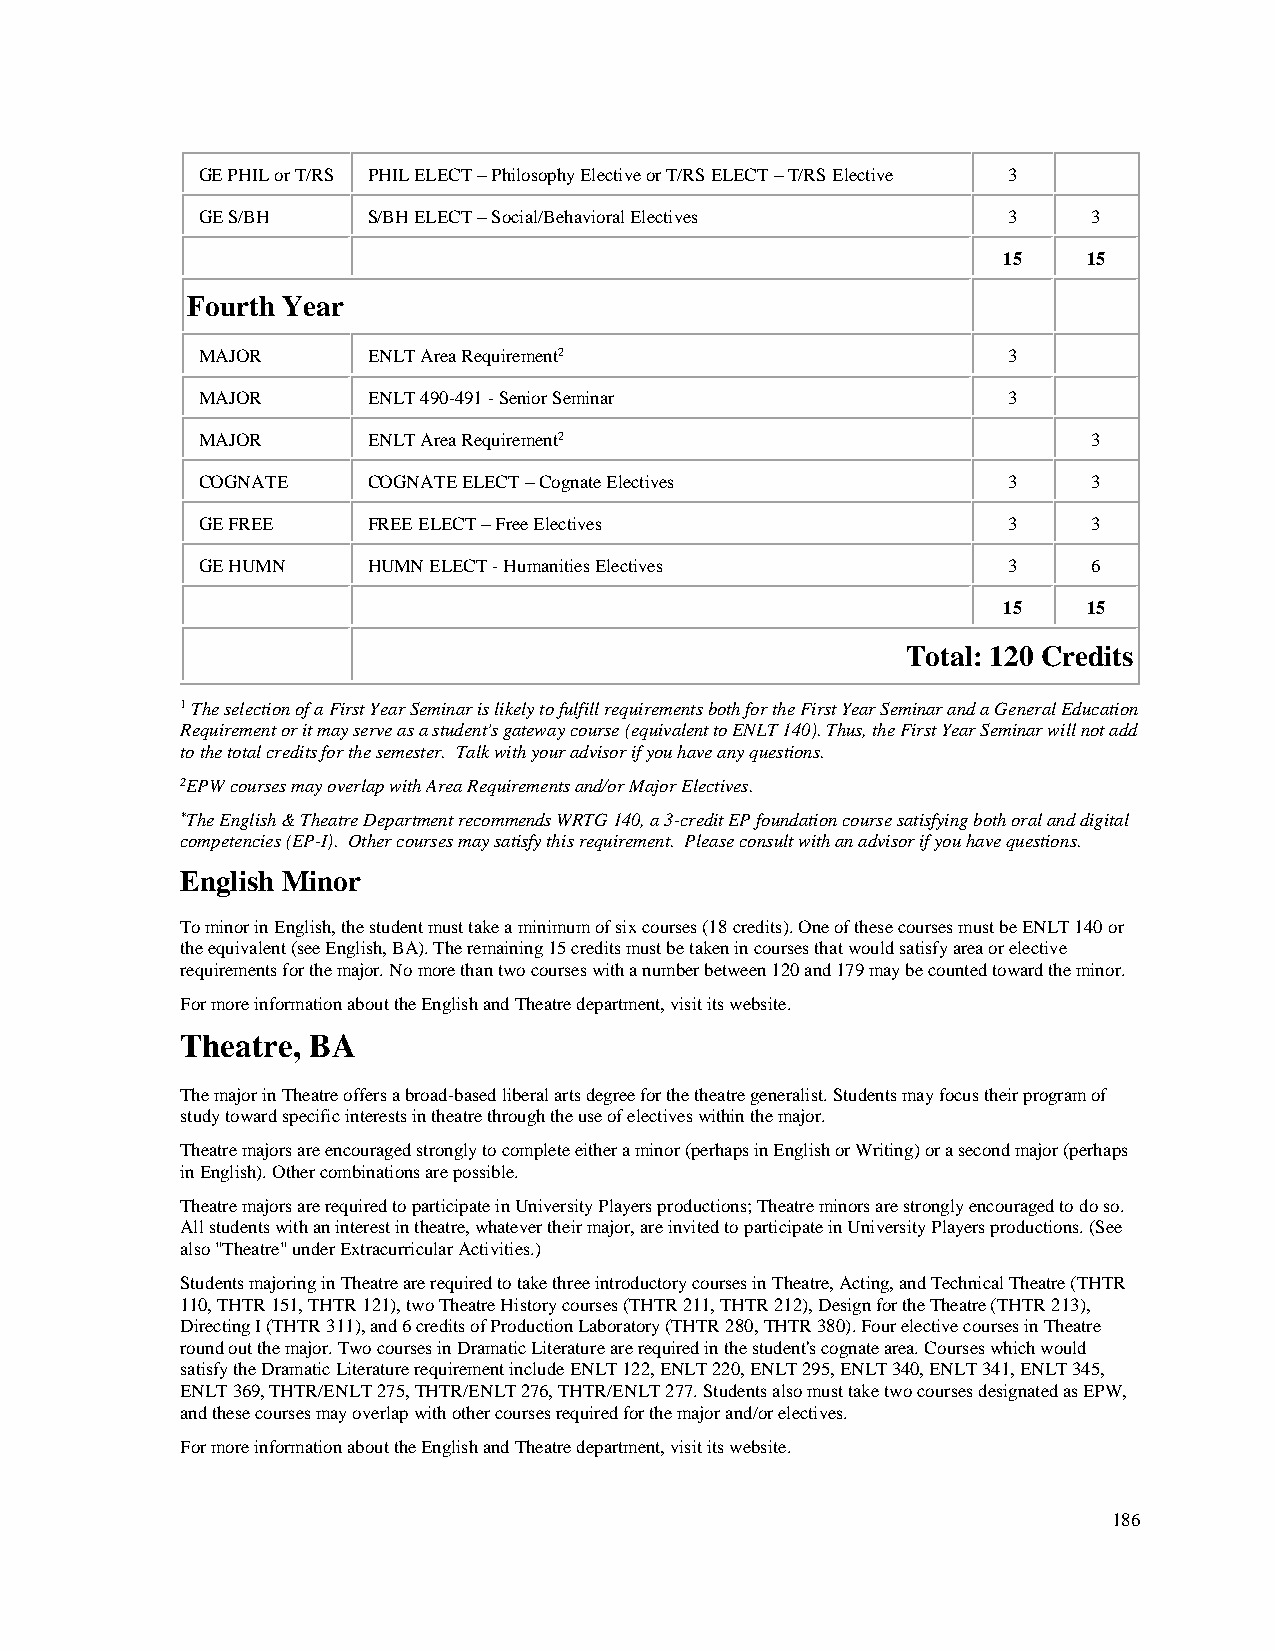
GE PHIL or T/RS PHIL ELECT – Philosophy Elective or T/RS ELECT – T/RS Elective 3
 GE S/BH    S/BH ELECT – Social/Behavioral Electives   3    3
 15    15
 Fourth Year
 MAJOR      ENLT Area Requirement2                     3
 MAJOR      ENLT 490-491 - Senior Seminar              3
 MAJOR      ENLT Area Requirement2                          3
 COGNATE    COGNATE ELECT – Cognate Electives          3    3
 GE FREE    FREE ELECT – Free Electives                3    3
 GE HUMN    HUMN ELECT - Humanities Electives          3    6
 15    15
 Total: 120 Credits
 1 The selection of a First Year Seminar is likely to fulfill requirements both for the First Year Seminar and a General Education
 Requirement or it may serve as a student's gateway course (equivalent to ENLT 140). Thus, the First Year Seminar will not add
 to the total credits for the semester. Talk with your advisor if you have any questions.
 2EPW courses may overlap with Area Requirements and/or Major Electives.
 *The English & Theatre Department recommends WRTG 140, a 3-credit EP foundation course satisfying both oral and digital
 competencies (EP-I). Other courses may satisfy this requirement. Please consult with an advisor if you have questions.
 English Minor
 To minor in English, the student must take a minimum of six courses (18 credits). One of these courses must be ENLT 140 or
 the equivalent (see English, BA). The remaining 15 credits must be taken in courses that would satisfy area or elective
 requirements for the major. No more than two courses with a number between 120 and 179 may be counted toward the minor.
 For more information about the English and Theatre department, visit its website.
 Theatre, BA
 The major in Theatre offers a broad-based liberal arts degree for the theatre generalist. Students may focus their program of
 study toward specific interests in theatre through the use of electives within the major.
 Theatre majors are encouraged strongly to complete either a minor (perhaps in English or Writing) or a second major (perhaps
 in English). Other combinations are possible.
 Theatre majors are required to participate in University Players productions; Theatre minors are strongly encouraged to do so.
 All students with an interest in theatre, whatever their major, are invited to participate in University Players productions. (See
 also "Theatre" under Extracurricular Activities.)
 Students majoring in Theatre are required to take three introductory courses in Theatre, Acting, and Technical Theatre (THTR
 110, THTR 151, THTR 121), two Theatre History courses (THTR 211, THTR 212), Design for the Theatre (THTR 213),
 Directing I (THTR 311), and 6 credits of Production Laboratory (THTR 280, THTR 380). Four elective courses in Theatre
 round out the major. Two courses in Dramatic Literature are required in the student's cognate area. Courses which would
 satisfy the Dramatic Literature requirement include ENLT 122, ENLT 220, ENLT 295, ENLT 340, ENLT 341, ENLT 345,
 ENLT 369, THTR/ENLT 275, THTR/ENLT 276, THTR/ENLT 277. Students also must take two courses designated as EPW,
 and these courses may overlap with other courses required for the major and/or electives.
 For more information about the English and Theatre department, visit its website.
 186